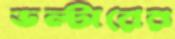
ভল্টারের